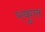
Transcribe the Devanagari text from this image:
स्‍कुल